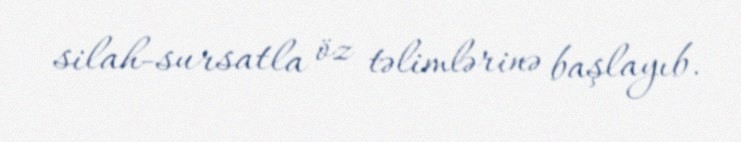
silah-sursatla öz təlimlərinə başlayıb.